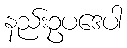
နည်းဥပဒေပါ